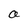
Character: a